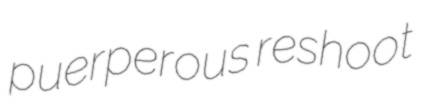
puerperous reshoot